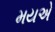
મયએ